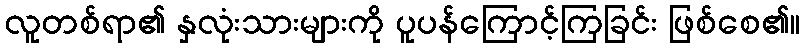
လူတစ်ရာ၏ နှလုံးသားများကို ပူပန်ကြောင့်ကြခြင်း ဖြစ်စေ၏။